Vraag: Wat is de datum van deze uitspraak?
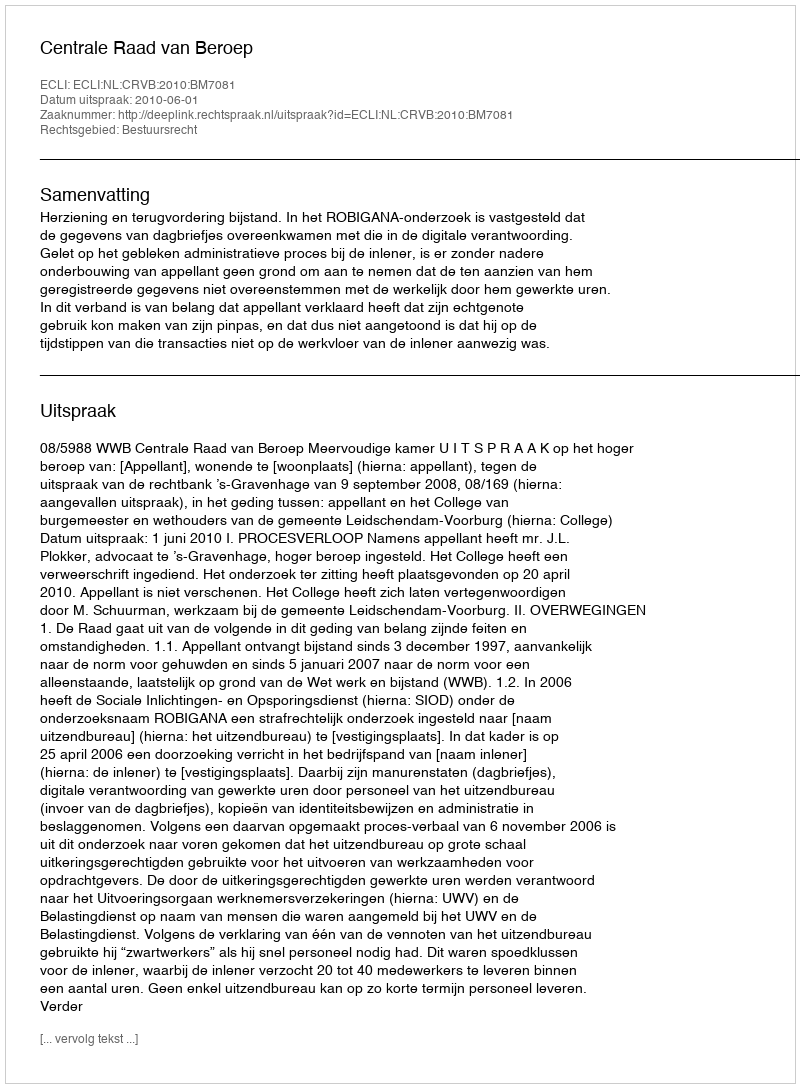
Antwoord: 2010-06-01